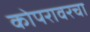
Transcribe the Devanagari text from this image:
कोपरावरचा